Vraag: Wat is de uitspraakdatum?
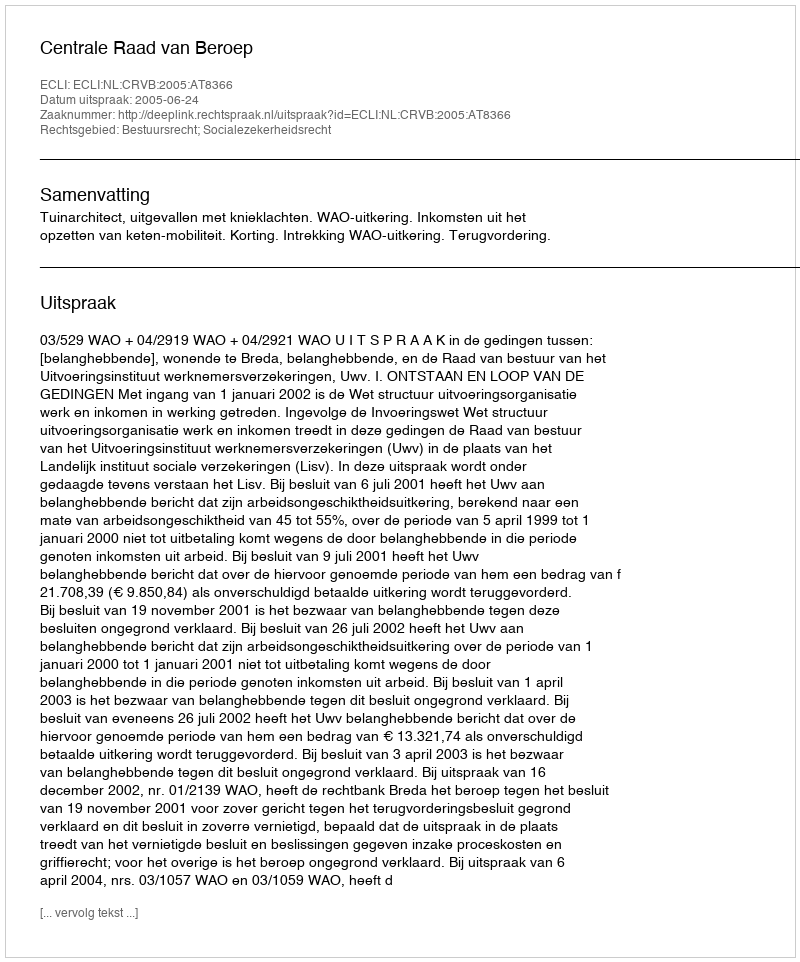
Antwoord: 2005-06-24